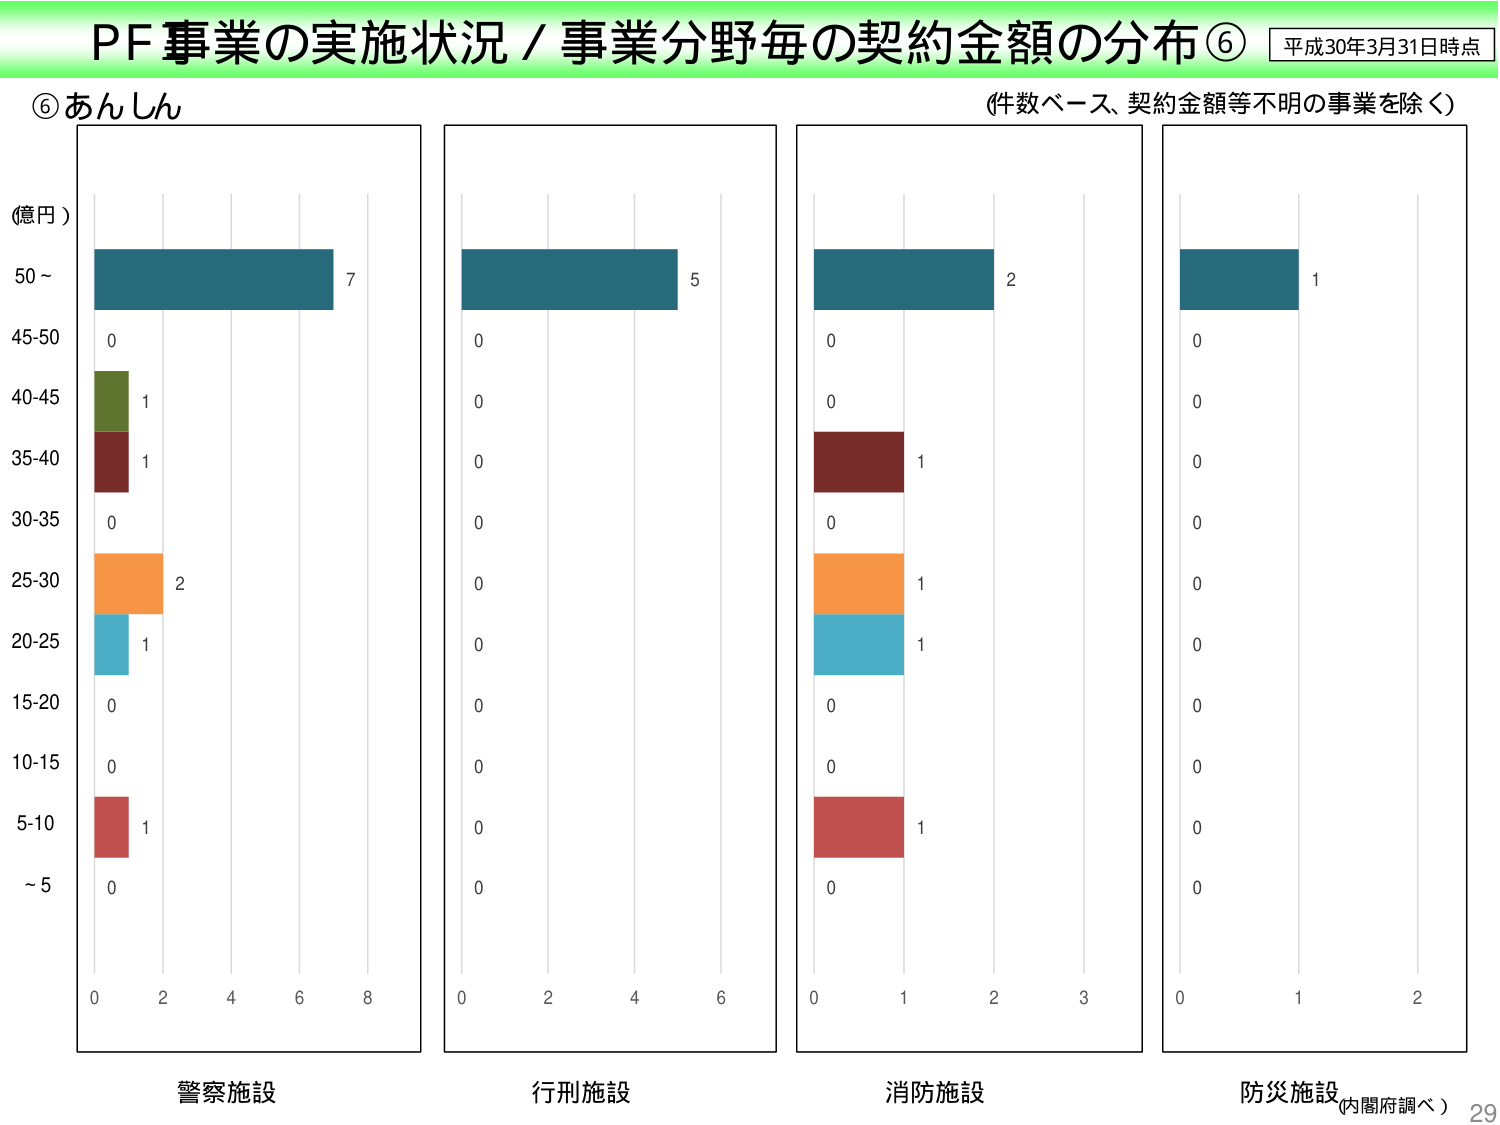
PF事業の実施状況／事業分野毎の契約金額の分布⑥ 平成30年3月31日時点
⑥あんしん （件数ベース、契約金額等不明の事業を除く）
(億円)
50～ 7
45-50 0
40-45 1
35-40 1
30-35 0
25-30 2
20-25 1
15-20 0
10-15 0
5-10 1
～5 0
0 2 4 6 8
警察施設
5
0
0
0
0
0
0
0
0
0
0
0
0 2 4 6
行刑施設
2
0
0
1
1
0
0
0
1
0
0
0
0 1 2 3
消防施設
1
0
0
0
0
0
0
0
0
0
0
0
0 1 2
防災施設（内閣府調べ） 29